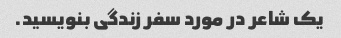
یک شاعر در مورد سفر زندگی بنویسید.